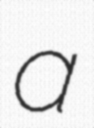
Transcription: a